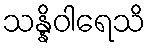
သန္နိဝါရေသိ